Report on sanitation, dispensaries, and jails in Rajputana for 1921, and on vaccination for the year 1921-1922 - 1921-1922
Year: 1921
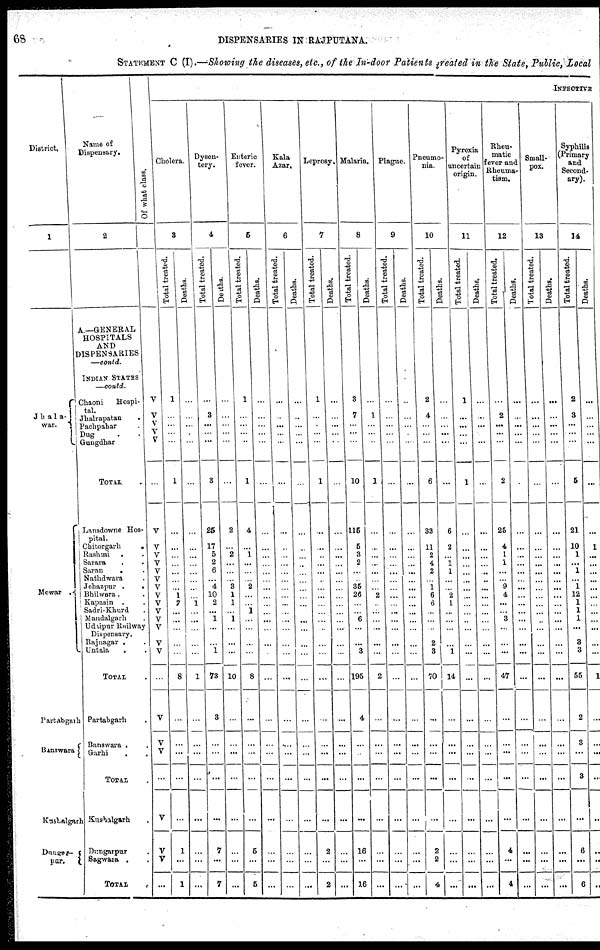
68
DISPENSARIES IN RAJPUTANA.
STATEMENT C (I).—Showing the diseases, etc., of the In-door Patients treated in the State, Public, Local
District.
1
Jhala¬
war.
Mewar .
Partabgarh
Banswara
Kushalgarh
Dungar¬
pur.
Name of
Dispensary.
2
A.—GENERAL
HOSPITALS
AND
DISPENSARIES
—contd.
INDIAN STATES
—contd.
Chaoni
Hospi-
tal.
Jhalrapatan .
Pachpahar .
Dug . .
Gungdhar
TOTAL .
Lansdowne Hos¬
pital.
Chitorgarh
.
Rashmi . .
Sarara . .
Saran
. .
Nathdwara .
Jehazpur .
.
Bhilwara. .
Kapasin . .
Sadri-Kkurd .
Mandalgarh .
Udaipur Railway
Dispensary.
Rajnagar . .
Untala . .
TOTAL .
Partabgarh .
Banswara . .
Garhi . .
TOTAL
Kushalgarh .
Dungarpur .
Sagwara . .
TOTAL
.
Of what class.
V
V
V
V
V
...
V
V
V
V
V
V
V
V
V
V
V
V
V
V
...
V
V
V
...
V
V
V
...
INFECTIVE
Cholera.
3
Total treated.
1
...
...
...
...
1
...
...
...
...
...
...
...
1
7
...
...
...
...
...
8
...
...
...
...
...
1
...
1
Deaths.
...
...
...
...
...
...
...
...
...
...
...
...
...
...
1
...
...
...
...
...
1
...
...
...
...
...
...
...
...
Dysen-
tery.
4
Total treated.
...
3
...
...
...
3
25
17
5
2
6
...
4
10
2
...
1
...
...
1
73
3
...
...
...
...
7
...
7
Deaths.
...
...
...
...
...
...
2
...
2
...
...
...
3
1
1
...
1
...
...
...
10
...
...
...
...
...
...
...
...
Enteric
fever.
5
Total treated.
1
...
...
...
...
1
4
...
1
...
...
...
2
...
...
1
...
...
...
...
8
...
...
...
...
...
5
...
5
Deaths.
...
...
...
...
...
...
...
...
...
...
...
...
...
...
...
...
...
...
...
...
...
...
...
...
...
...
...
...
...
Kala
Azar.
6
Total treated.
...
...
...
...
...
...
...
...
...
...
...
...
...
...
...
...
...
...
...
...
...
...
...
...
...
...
...
...
...
Deaths.
...
...
...
...
...
...
...
...
...
...
...
...
...
...
...
...
...
...
...
...
...
...
...
...
...
...
...
...
...
Leprosy.
7
Total treated.
1
...
...
...
...
1
...
...
...
...
...
...
...
...
...
...
...
...
...
...
...
...
...
...
...
...
2
...
2
Deaths.
...
...
...
...
...
...
...
...
...
...
...
...
...
...
...
...
...
...
...
...
...
...
...
...
...
...
...
...
...
Malaria.
8
Total treated.
3
7
...
...
...
10
115
5
3
2
...
...
35
26
...
...
6
...
...
3
195
4
...
...
...
...
16
...
16
Deaths.
...
1
...
...
...
1
...
...
...
...
...
...
...
2
...
...
...
...
...
...
2
...
...
...
...
...
...
...
...
Plague.
9
Total treated.
...
...
...
...
...
...
...
...
...
...
...
...
...
...
...
...
...
...
...
...
...
...
...
...
...
...
...
...
...
Deaths.
...
...
...
...
...
...
...
...
...
...
...
...
...
...
...
...
...
...
...
...
...
...
...
...
...
...
...
...
Pneumo-
nia.
10
Total treated.
2
4
...
...
...
6
33
11
2
4
2
...
1
6
...
...
...
...
2
3
70
...
...
...
...
...
2
2
4
Deaths.
...
...
...
...
...
...
6
2
...
1
1
...
...
2
1
...
...
...
...
1
14
...
...
...
...
...
...
...
...
Pyrexia
of
uncertain
origin.
11
Total treated.
1
...
...
...
...
1
...
...
...
...
...
...
...
...
...
...
...
...
...
...
...
...
...
...
...
...
...
...
...
Deaths.
...
...
...
...
...
...
...
...
...
...
...
...
...
...
...
...
...
...
...
...
...
...
...
...
...
...
...
...
...
Rheu-
matic
fever and
Rheuma-
tism.
12
Total treated.
...
2
...
...
...
2
25
4
1
1
...
...
9
4
...
...
3
...
...
...
47
...
...
...
...
...
4
...
4
Deaths.
...
...
...
...
...
...
...
...
...
...
...
...
...
...
...
...
...
...
...
...
...
...
...
...
...
...
...
...
...
Small-
pox.
13
Total treated.
...
...
...
...
...
...
...
...
...
...
...
...
...
...
...
...
...
...
...
...
...
...
...
...
...
...
...
...
...
Deaths.
...
...
...
...
...
...
...
...
...
...
...
...
...
...
...
...
...
...
...
...
...
...
...
...
...
...
...
...
...
Syphilis
(Primary
and
Second-
ary).
14
Total treated.
2
3
...
...
...
5
21
10
1
...
1
...
1
12
1
1
1
...
3
3
55
2
3
...
3
...
6
...
6
Deaths.
...
...
...
...
...
...
...
1
...
...
...
...
...
...
...
...
...
...
...
...
1
...
...
...
...
...
...
...
...